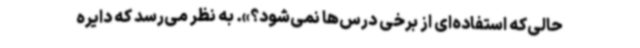
حالی‌که استفاده‌ای از برخی درس‌ها نمی‌شود؟». به نظر می‌رسد که دایره